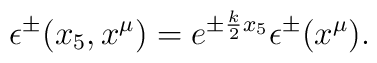
\epsilon^\pm(x_5,x^\mu)=e^{\pm \frac{k}{2}x_5}\epsilon^{\pm}(x^\mu).